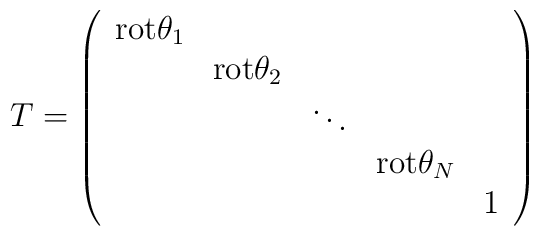
T= \left(\begin{array}{ccccc}{\rm rot} \theta_1            &      &   &  &  \\  & {\rm  rot} \theta_2    &   &  & \\  &   &  \ddots  &    &\\  &   &   &    {\rm  rot} \theta_N                         &         \\  &   &   &       & {\large 1}\\\end{array}\right)